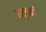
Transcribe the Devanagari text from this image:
नार्म